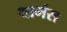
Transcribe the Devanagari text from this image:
थामंस